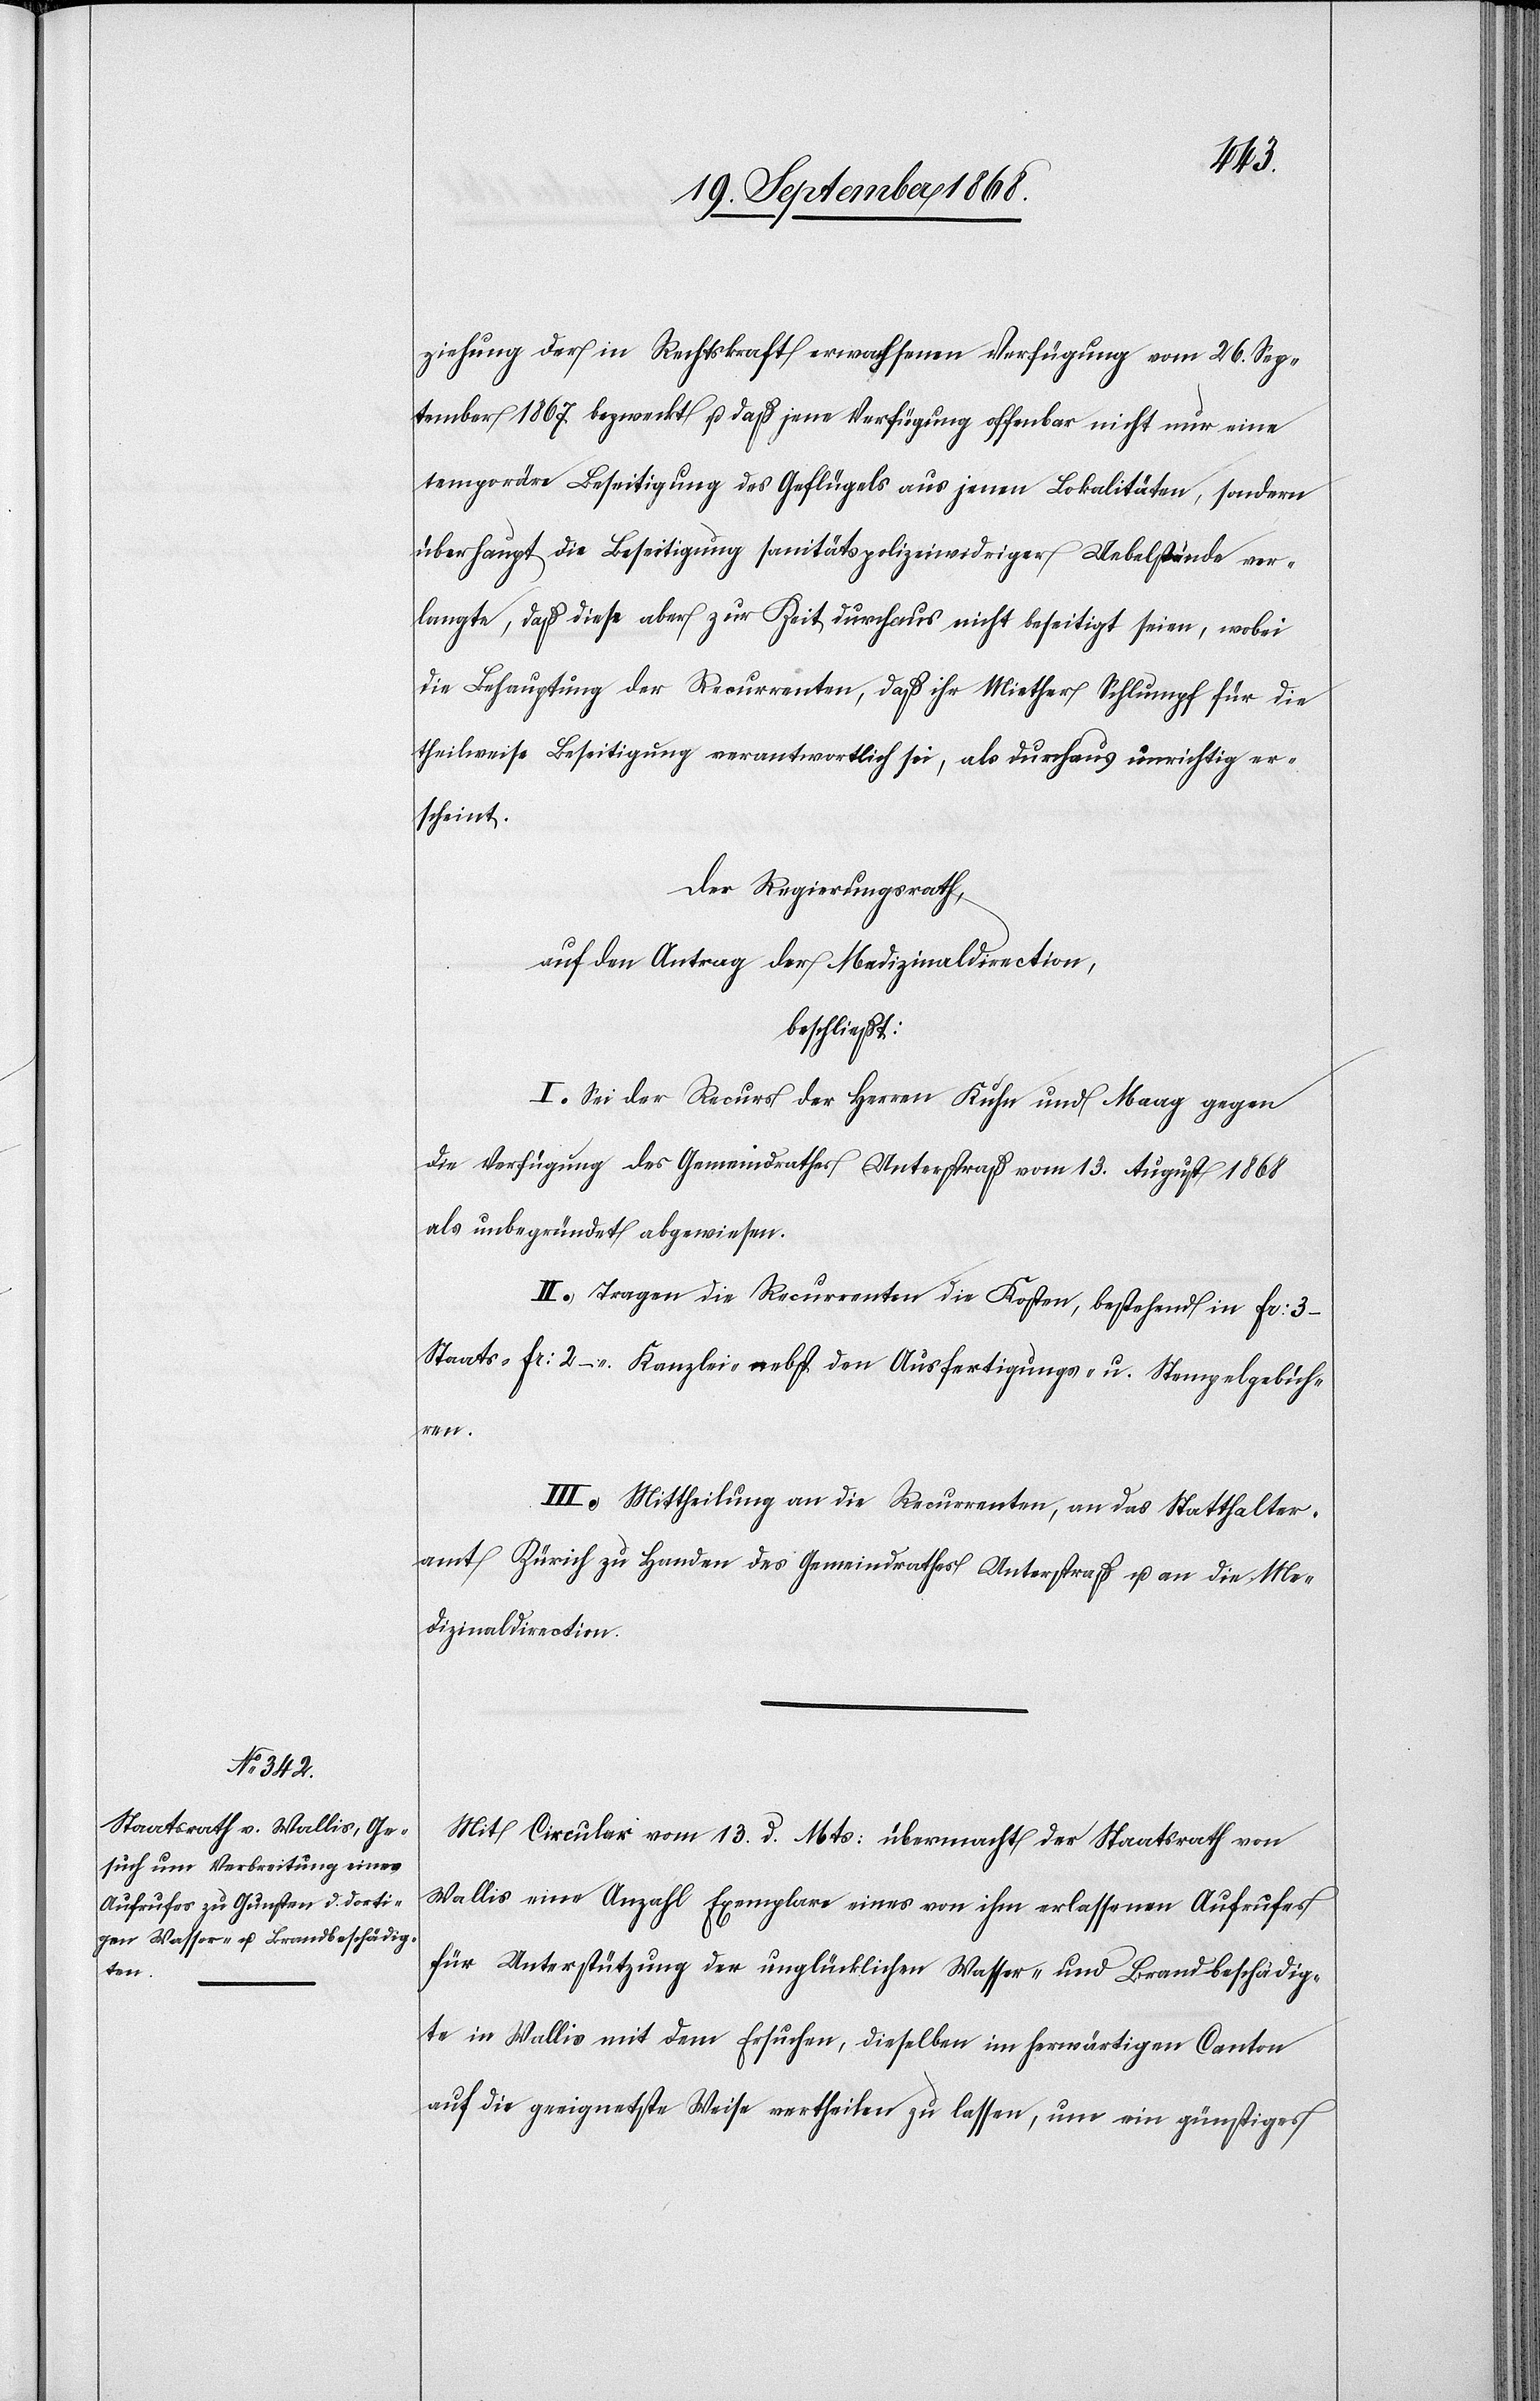
ziehung der in Rechtskraft erwachsenen Verfügung vom 26. Sep¬
tember 1867 bezweckt u. daß jene Verfügung offenbar nicht nur eine
temporäre Beseitigung des Geflügels aus jenen Lokalitäten, sondern
überhaupt die Beseitigung sanitätspolizeiwidriger Uebelstände ver¬
langte, daß diese aber zur Zeit durchaus nicht beseitigt seien, wobei
die Behauptung der Recurrenten, daß ihr Miether Schlumpf für die
theilweise Beseitigung verantwortlich sei, als durchaus unrichtig er¬
scheint.
Der Regierungsrath,
auf den Antrag der Medizinaldirection,
beschließt:
I. Sei der Recurs der Herren Kuhn und Maag gegen
die Verfügung des Gemeindrathes Unterstraß vom 13. August 1868
als unbegründet abgewiesen.
II. Tragen die Recurrenten die Kosten, bestehend in Fr: 3
Staats-[,] Fr: 2 – Kanzlei-[,] nebst den Ausfertigungs- u. Stempelgebühren.
III. Mittheilung an die Recurrenten, an das Statthalter¬
amt Zürich zu Handen des Gemeindrathes Unterstraß u. an die Me¬
dizinaldirection.
Mit Circular vom 13. d. Mts: übermacht der Staatsrath von
Wallis eine Anzahl Exemplare eines von ihm erlassenen Aufrufes
für Unterstützung der unglücklichen Wasser- und Brandbeschädig¬
te[n] in Wallis mit dem Ersuchen, dieselben im herwärtigen Canton
auf die geeignetste Weise vertheilen zu lassen, um ein günstiges